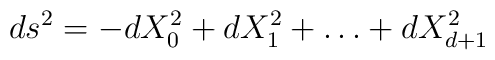
ds^2 = -dX_0^2 + dX_1^2 + \ldots + dX_{d+1}^2